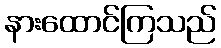
နားထောင်ကြသည်